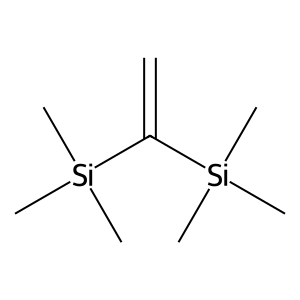
SMILES: C=C([Si](C)(C)C)[Si](C)(C)C
Inhibits HIV replication: No